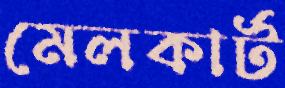
মেলকার্ট